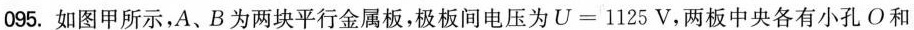
095.如图甲所示，A、B为两块平行金属板，极板间电压为$$U = 1 1 2 5 V$$，两板中央各有小孔O和